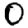
Digit: 0